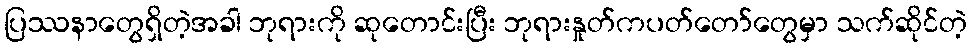
ပြဿနာတွေရှိတဲ့အခါ ဘုရားကို ဆုတောင်းပြီး ဘုရားနှုတ်ကပတ်တော်တွေမှာ သက်ဆိုင်တဲ့